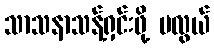
သာသနာသန့်ရှင်းဖို့ မလွယ်